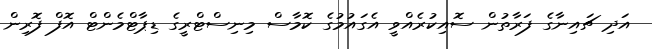
އަދި ޗައިނާގެ ފަރާތުން ސޮއިކުރެއްވީ އެގައުމުގެ ކޮމާސް މިނިސްޓްރީގެ ޑިޕާޓްމެންޓް އޮފް ފޮރިން